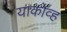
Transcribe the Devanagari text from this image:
याकोव्ह